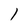
Character: l